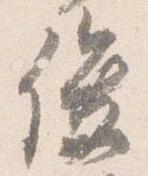
俊